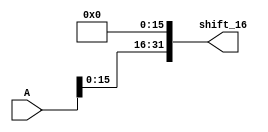
module left_shift_sixteen(shift_16, A);
	
	input [31:0] A;
	
	output [31:0] shift_16;

	assign shift_16[31] = A[15];
	assign shift_16[30] = A[14];
	assign shift_16[29] = A[13];
	assign shift_16[28] = A[12];
	assign shift_16[27] = A[11];
	assign shift_16[26] = A[10];
	assign shift_16[25] = A[9];
	assign shift_16[24] = A[8];
	assign shift_16[23] = A[7];
	assign shift_16[22] = A[6];
	assign shift_16[21] = A[5];
	assign shift_16[20] = A[4];
	assign shift_16[19] = A[3];
	assign shift_16[18] = A[2];
	assign shift_16[17] = A[1];
	assign shift_16[16] = A[0];
	assign shift_16[15:0] = 1'b0;

endmodule